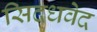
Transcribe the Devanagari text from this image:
सिदधवेद